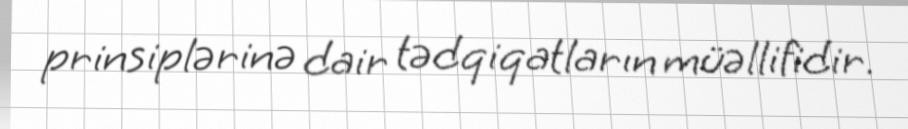
prinsiplərinə dair tədqiqatların müəllifidir.